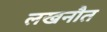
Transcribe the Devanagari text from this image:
लखनौत